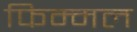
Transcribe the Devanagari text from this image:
फिम्मल